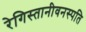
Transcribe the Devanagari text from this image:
रेगिस्तानीवनस्‍पति